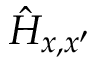
{ \hat { H } } _ { x , x ^ { \prime } }